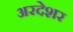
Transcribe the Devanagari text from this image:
अरदेशर